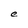
Character: e